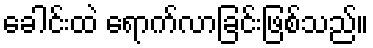
ခေါင်းထဲ ရောက်လာခြင်းဖြစ်သည်။